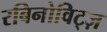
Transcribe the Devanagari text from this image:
रबिनोविट्ज़